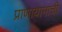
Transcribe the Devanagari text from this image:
प्राणायामाची